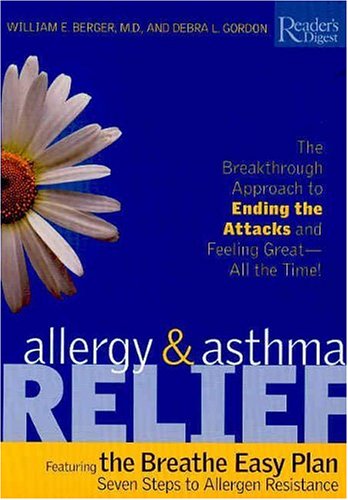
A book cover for Allergy and Asthma Relief; William Berger; Health, Fitness & Dieting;